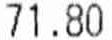
71.80